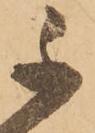
不